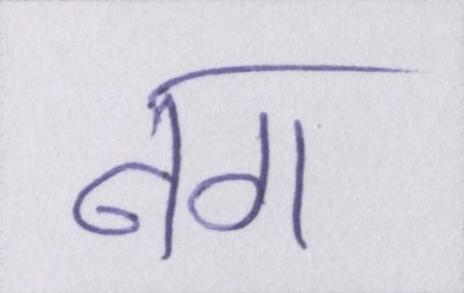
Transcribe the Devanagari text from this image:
नग